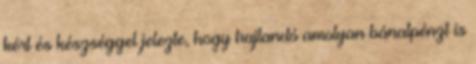
kért és készséggel jelezte, hogy hajlandó amolyan bánatpénzt is